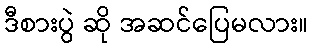
ဒီစားပွဲ ဆို အဆင်ပြေမလား။